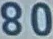
80